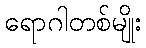
ရောဂါတစ်မျိုး